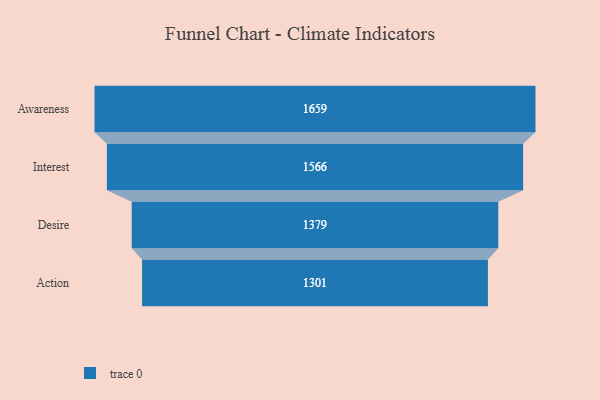
{"axis": {"x": "Stage", "y": "Value"}, "legend": [""], "data": [{"x": "Awareness", "y": 1659.0, "type": ""}, {"x": "Interest", "y": 1566.0, "type": ""}, {"x": "Desire", "y": 1379.0, "type": ""}, {"x": "Action", "y": 1301.0, "type": ""}]}